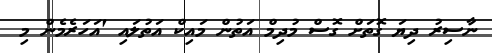
ނާސިރު ދިޔަ ގޮތަށް ގޮސް މުދިމް އަތުން މައިކް އަތުލައި 'އަހަރެމެން މި